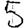
Digit: 5